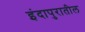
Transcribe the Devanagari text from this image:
इंदापुरातील